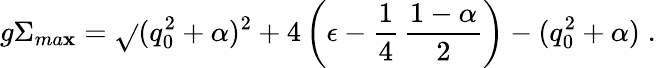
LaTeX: g\Sigma_{ma\mathbf{x}}=\sqrt{}{{(q_{0}^{2}+\alpha)^{2}+4\left(\epsilon-\frac{1}{4}\, \frac{{1-\alpha}}{{2}}\right)}}-(q_{0}^{2}+\alpha)\; .